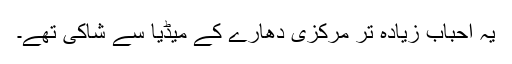
یہ احباب زیادہ تر مرکزی دھارے کے میڈیا سے شاکی تھے۔